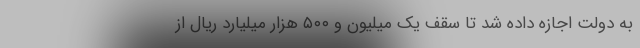
به دولت اجازه داده شد تا سقف یک میلیون و ۵۰۰ هزار میلیارد ریال از